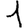
Digit: 1